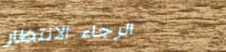
الرجاء الانتظار